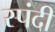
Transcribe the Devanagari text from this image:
स्पंदी